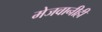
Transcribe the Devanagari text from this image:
मेजवानीही